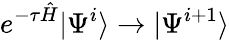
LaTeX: e^{-\tau\hat{H}}|\Psi^{i}\rangle\rightarrow|\Psi^{i+1}\rangle